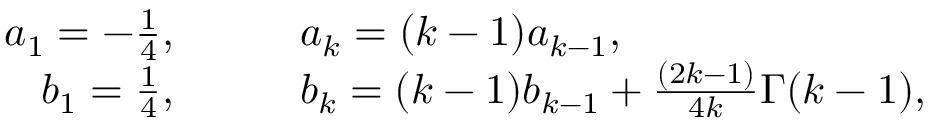
\begin{array} { r l } { a _ { 1 } = - \frac { 1 } { 4 } , } & { { } \qquad a _ { k } = ( k - 1 ) a _ { k - 1 } , } \\ { b _ { 1 } = \frac { 1 } { 4 } , } & { { } \qquad b _ { k } = ( k - 1 ) b _ { k - 1 } + \frac { ( 2 k - 1 ) } { 4 k } \Gamma ( k - 1 ) , } \end{array}